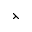
\leftthreetimes